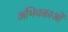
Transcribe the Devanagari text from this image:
अभिवक्ताओं